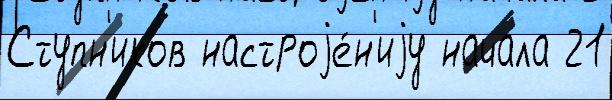
Ступн'иков настроjе́н'иjу начала 21